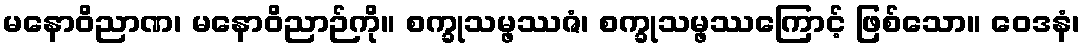
မနောဝိညာဏ၊ မနောဝိညာဉ်ကို။ စက္ခုသမ္ဖဿဇံ၊ စက္ခုသမ္ဖဿကြောင့် ဖြစ်သော။ ဝေဒနံ၊